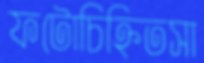
ফটোচিহ্নিতসা